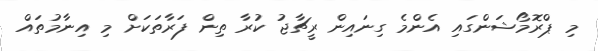
މި ޕްރޮމޯޝަންގައި އެންމެ ގިނައިން ރީޗާޖު ކުރާ ތިން ފަރާތަކަށް މި އިނާމުތައް